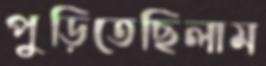
পুড়িতেছিলাম